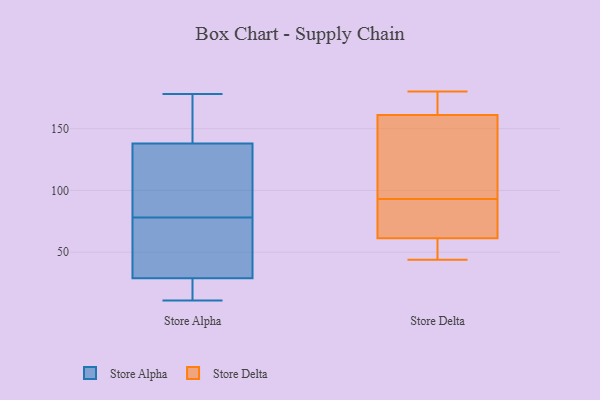
{"axis": {"x": "Shipments", "y": "Value"}, "legend": ["Store Alpha", "Store Delta"], "data": [{"x": "", "y": 178, "type": "Store Alpha"}, {"x": "", "y": 19, "type": "Store Alpha"}, {"x": "", "y": 18, "type": "Store Alpha"}, {"x": "", "y": 178, "type": "Store Alpha"}, {"x": "", "y": 78, "type": "Store Alpha"}, {"x": "", "y": 11, "type": "Store Alpha"}, {"x": "", "y": 138, "type": "Store Alpha"}, {"x": "", "y": 115, "type": "Store Alpha"}, {"x": "", "y": 59, "type": "Store Alpha"}, {"x": "", "y": 104, "type": "Store Alpha"}, {"x": "", "y": 78, "type": "Store Alpha"}, {"x": "", "y": 143, "type": "Store Alpha"}, {"x": "", "y": 57, "type": "Store Alpha"}, {"x": "", "y": 29, "type": "Store Alpha"}, {"x": "", "y": 44, "type": "Store Delta"}, {"x": "", "y": 90, "type": "Store Delta"}, {"x": "", "y": 93, "type": "Store Delta"}, {"x": "", "y": 165, "type": "Store Delta"}, {"x": "", "y": 80, "type": "Store Delta"}, {"x": "", "y": 148, "type": "Store Delta"}, {"x": "", "y": 68, "type": "Store Delta"}, {"x": "", "y": 161, "type": "Store Delta"}, {"x": "", "y": 52, "type": "Store Delta"}, {"x": "", "y": 180, "type": "Store Delta"}, {"x": "", "y": 161, "type": "Store Delta"}, {"x": "", "y": 98, "type": "Store Delta"}, {"x": "", "y": 51, "type": "Store Delta"}, {"x": "", "y": 59, "type": "Store Delta"}, {"x": "", "y": 167, "type": "Store Delta"}]}